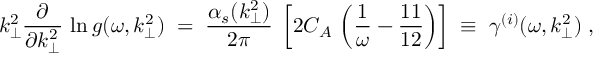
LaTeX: k _ { \perp } ^ { 2 } \frac { \partial } { \partial k _ { \perp } ^ { 2 } } \, \ln g ( \omega , k _ { \perp } ^ { 2 } ) \; = \; \frac { \alpha _ { s } ( k _ { \perp } ^ { 2 } ) } { 2 \pi } \; \left[ 2 C _ { A } \, \left( \frac { 1 } { \omega } - \frac { 1 1 } { 1 2 } \right) \right] \; \equiv \; \gamma ^ { ( i ) } ( \omega , k _ { \perp } ^ { 2 } ) \; ,